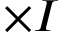
\times I